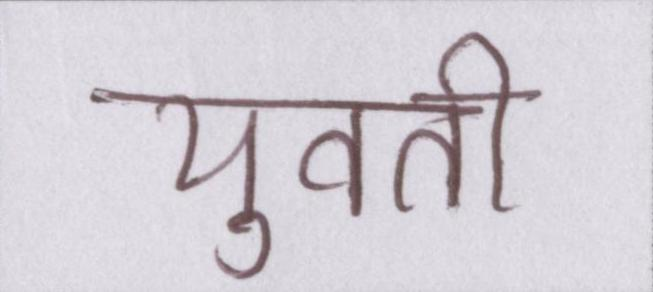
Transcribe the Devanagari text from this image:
युवती